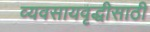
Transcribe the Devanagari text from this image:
व्यवसायवृद्धीसाठी